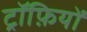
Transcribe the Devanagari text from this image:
ट्रॉफ़ियों